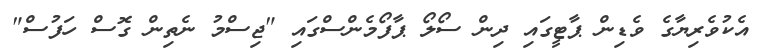
އެކުވެރިޔާގެ ވެޑިން ޕާޓީގައި ދިން ސޯލޯ ޕާފޯމެންސްގައި "ޖިސްމު ނެތިން ގޮސް ހަފުސް"